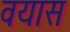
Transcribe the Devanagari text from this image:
वयास